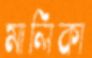
মালিকা